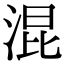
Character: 混